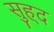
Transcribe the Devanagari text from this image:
सुह्द